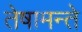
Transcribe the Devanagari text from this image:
तेषामन्ते